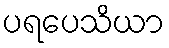
ပရပေသိယာ